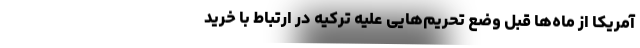
آمریکا از ماه‌ها قبل وضع تحریم‌هایی علیه ترکیه در ارتباط با خرید